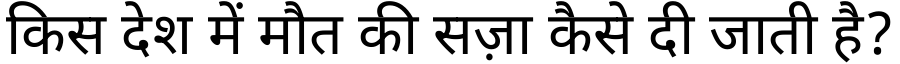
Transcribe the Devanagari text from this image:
किस देश में मौत की सज़ा कैसे दी जाती है?